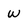
Character: w